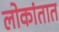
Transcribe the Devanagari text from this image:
लोकांतात